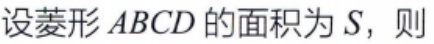
设菱形 \(ABCD\) 的面积为 \(S\)，则